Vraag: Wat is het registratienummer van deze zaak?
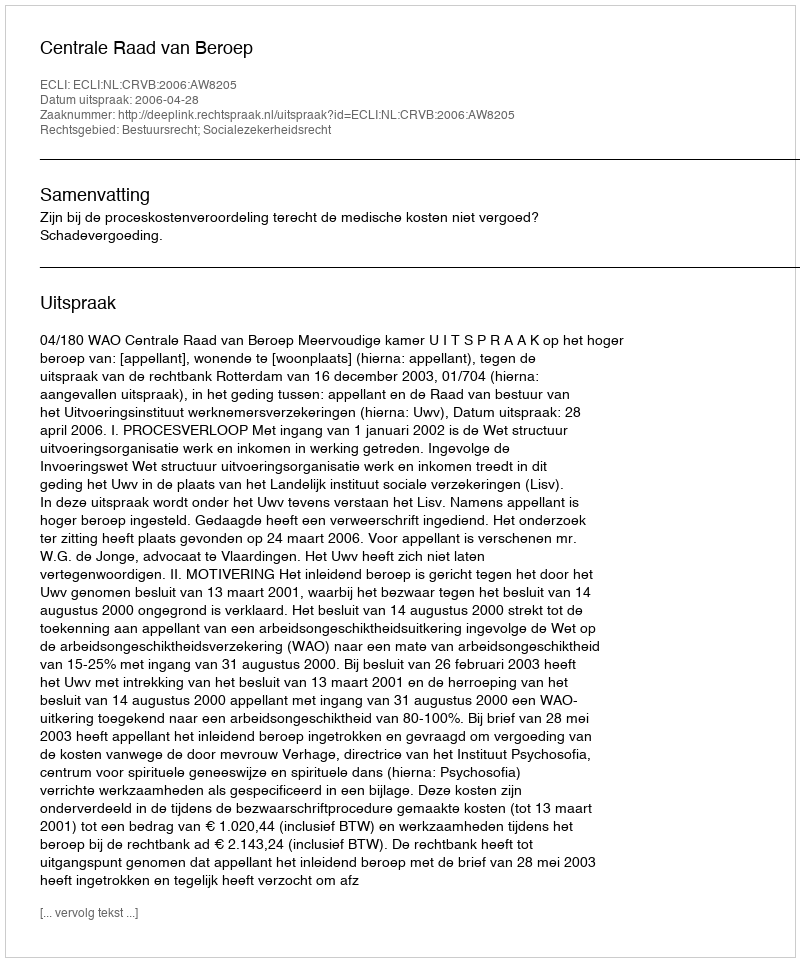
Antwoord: http://deeplink.rechtspraak.nl/uitspraak?id=ECLI:NL:CRVB:2006:AW8205